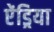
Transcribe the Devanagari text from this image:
ऐंड्रिया